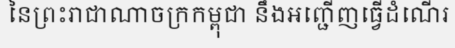
នៃព្រះរាជាណាចក្រកម្ពុជា នឹងអញ្ជើញធ្វើដំណើរ